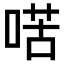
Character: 𠸋